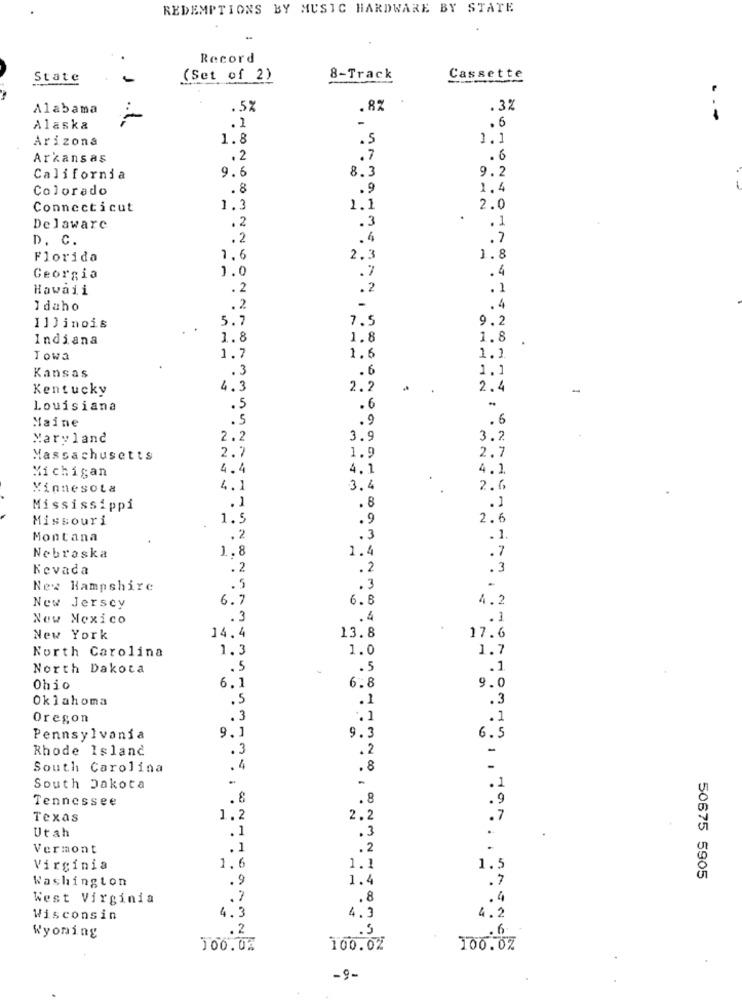
REDEMPTIONS BY MUSIC HARDWARE BY STATE
Record
State
(Set of 2)
8-Track
Cassette
Alabama
.5%
.8%
.3%
-
Alaska
.1
. 6
Arizona
1.8
.5
1.1
Arkansas
.2
.7
. 6
9.6
8.3
9.2
California
Colorado
.8
.9
1.4
Connecticut
1.3
1.1
2.0
.
.1
Delaware
.2
.3
D. C.
.2
.4
. 7
Florida
1.6
2.3
1.8
1.0
.7
.4
Georgia
Hawaii
. 2
.2
.1
Idaho
.2
-
. 4
5.7
7.5
9.2
Illinois
Indiana
1.8
1.8
1.8
Towa
1.7
1.6
1.1
.3
. 6
1.1
Kansas
Kentucky
4.3
2.2
2.4
Louisiana
.5
.6
Maine
.9
. 6
Maryland
2.2
3.9
3.2
2.7
Massachusetts
2.7
1.9
Michigan
4.4
4.1
4.1
Minnesota
4.1
3.4
2.6
Mississippi
.1
.8
. 1
Missouri
1.5
.9
2.6
Montana
.2
.3
.1.
1.8
1.4
.7
Nebraska
Nevada
.2
. 2
.3
New Hampshire
.5
.3
.
New Jersey
6.7
6.8
4.2
New Mexico
.3
. 4
.1
.
New York
14.4
13.8
17.6
North Carolina
1.3
1.0
1.7
North Dakota
.5
.5
.1
6.8
Ohio
6.1
9.0
Oklahoma
.5
.1
.3
Oregon
.3
.1
.. 1
Pennsylvania
9.1
9.3
6.5
Rhode Island
.3
.2
-
South Carolina
. 4
.8
-
-
.1
South Dakota
1
Tennessee
.8
.8
.9
Texas
1.2
2.2
.7
Utah
.1
.
.3
Vermont
.1
.2
.
Virginia
1.6
1.1
1.5
Washington
.9
1.4
.7
50675 5905
West Virginia
.7
.. 8
. 4
4.3
4.2
Wisconsin
4.3
.2
.5
Wyoming
100.02
100.0%
100.07
-9-